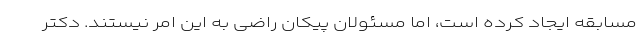
مسابقه ایجاد کرده است، اما مسئولان پیکان راضی به این امر نیستند. دکتر